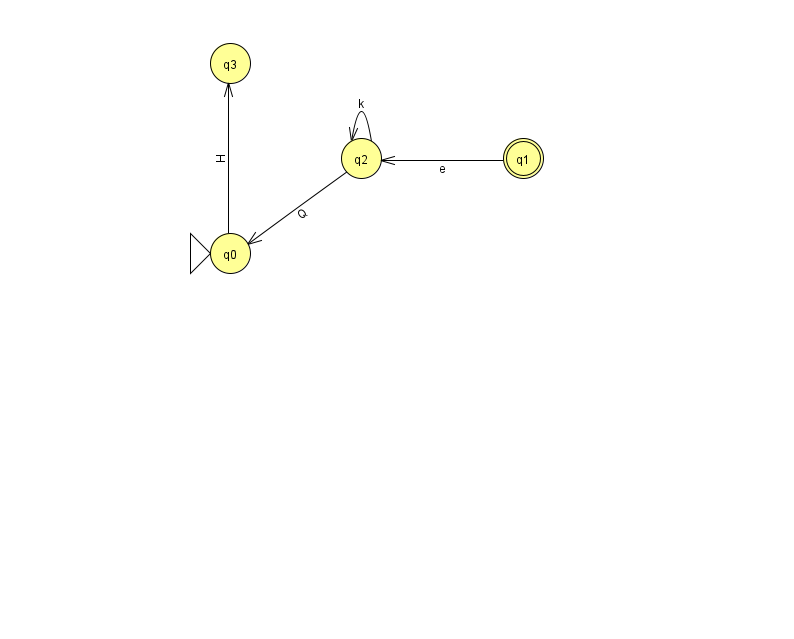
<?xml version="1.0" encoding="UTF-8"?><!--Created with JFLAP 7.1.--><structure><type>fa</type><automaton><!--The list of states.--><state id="0" name="q0"><x>230.0</x><y>240.0</y><initial/></state><state id="1" name="q1"><x>523.0</x><y>145.0</y><final/></state><state id="2" name="q2"><x>361.0</x><y>145.0</y></state><state id="3" name="q3"><x>230.0</x><y>50.0</y></state><!--The list of transitions.--><transition><from>0</from><to>3</to><read>H</read></transition><transition><from>2</from><to>0</to><read>Q</read></transition><transition><from>1</from><to>2</to><read>e</read></transition><transition><from>2</from><to>2</to><read>k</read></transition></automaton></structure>